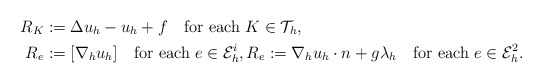
\begin{align*}R_K&:=\Delta u_h - u_h +f \quad{\rm for\ each}\ K\in\mathcal{T}_h,\\R_e&:=[\nabla_h u_h] \quad{\rm for\ each}\ e \in {\cal E}_h^i,R_e:=\nabla_h u_h\cdot n +g\lambda_h \quad{\rm for\ each}\ e\in {\cal E}_h^2.\end{align*}